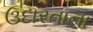
ઉદારતાના